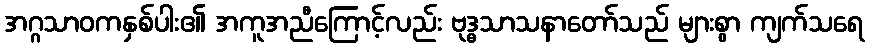
အဂ္ဂသာဝကနှစ်ပါး၏ အကူအညီကြောင့်လည်း ဗုဒ္ဓသာသနာတော်သည် များစွာ ကျက်သရေ